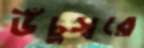
উঁচুস্বরে